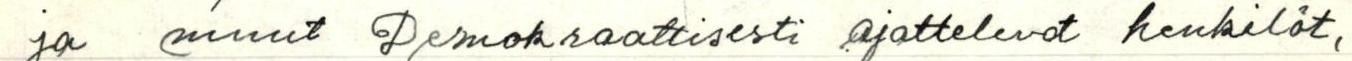
ja muut Demokraattisesti ajattelevat henkilöt,